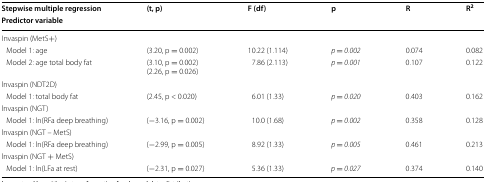
<table><thead><tr><td><b>Stepwise multiple regression</b></td><td rowspan="2"><b>(t, p)</b></td><td rowspan="2"><b>F (df)</b></td><td rowspan="2"><b>p</b></td><td rowspan="2"><b>R</b></td><td rowspan="2"><b>R<sup>2</sup></b></td></tr><tr><td><b>Predictor variable</b></td></tr></thead><tbody><tr><td colspan="6">Invaspin (MetS+)</td></tr><tr><td> Model 1: age</td><td>(3.20, p = 0.002)</td><td>10.22 (1.114)</td><td><i>p = 0.002</i></td><td>0.074</td><td>0.082</td></tr><tr><td> Model 2: age total body fat</td><td>(3.10, p = 0.002)(2.26, p = 0.026)</td><td>7.86 (2.113)</td><td><i>p = 0.001</i></td><td>0.107</td><td>0.122</td></tr><tr><td colspan="6">lnvaspin (NDT2D)</td></tr><tr><td> Model 1: total body fat</td><td>(2.45, p &lt; 0.020)</td><td>6.01 (1.33)</td><td><i>p = 0.020</i></td><td>0.403</td><td>0.162</td></tr><tr><td colspan="6">lnvaspin (NGT)</td></tr><tr><td> Model 1: ln(RFa deep breathing)</td><td>(−3.16, p = 0.002)</td><td>10.0 (1.68)</td><td><i>p = 0.002</i></td><td>0.358</td><td>0.128</td></tr><tr><td colspan="6">lnvaspin (NGT – MetS)</td></tr><tr><td> Model 1: ln(RFa deep breathing)</td><td>(−2.99, p = 0.005)</td><td>8.92 (1.33)</td><td><i>p = 0.005</i></td><td>0.461</td><td>0.213</td></tr><tr><td colspan="6">lnvaspin (NGT + MetS)</td></tr><tr><td> Model 1: ln(LFa at rest)</td><td>(−2.31, p = 0.027)</td><td>5.36 (1.33)</td><td><i>p = 0.027</i></td><td>0.374</td><td>0.140</td></tr></tbody></table>